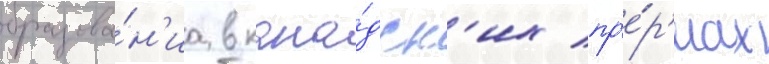
образова́н'иа в кана́дск'их пр'е́р'иах